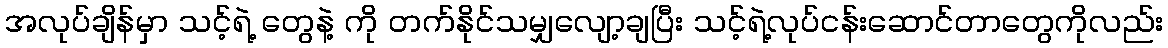
အလုပ်ချိန်မှာ သင့်ရဲ့ တွေနဲ့ ကို တက်နိုင်သမျှလျော့ချပြီး သင့်ရဲ့လုပ်ငန်းဆောင်တာတွေကိုလည်း